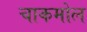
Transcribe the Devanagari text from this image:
चाकमोल